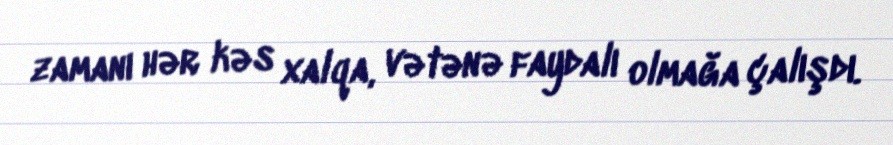
zamanı hər kəs xalqa, vətənə faydalı olmağa çalışdı.